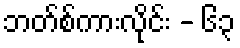
ဘတ်စ်ကားလိုင်း - ၆၃